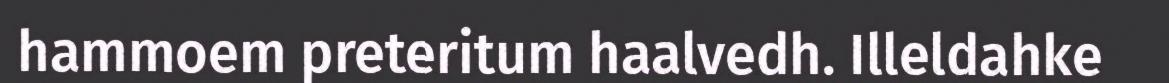
hammoem preteritum haalvedh. Illeldahke